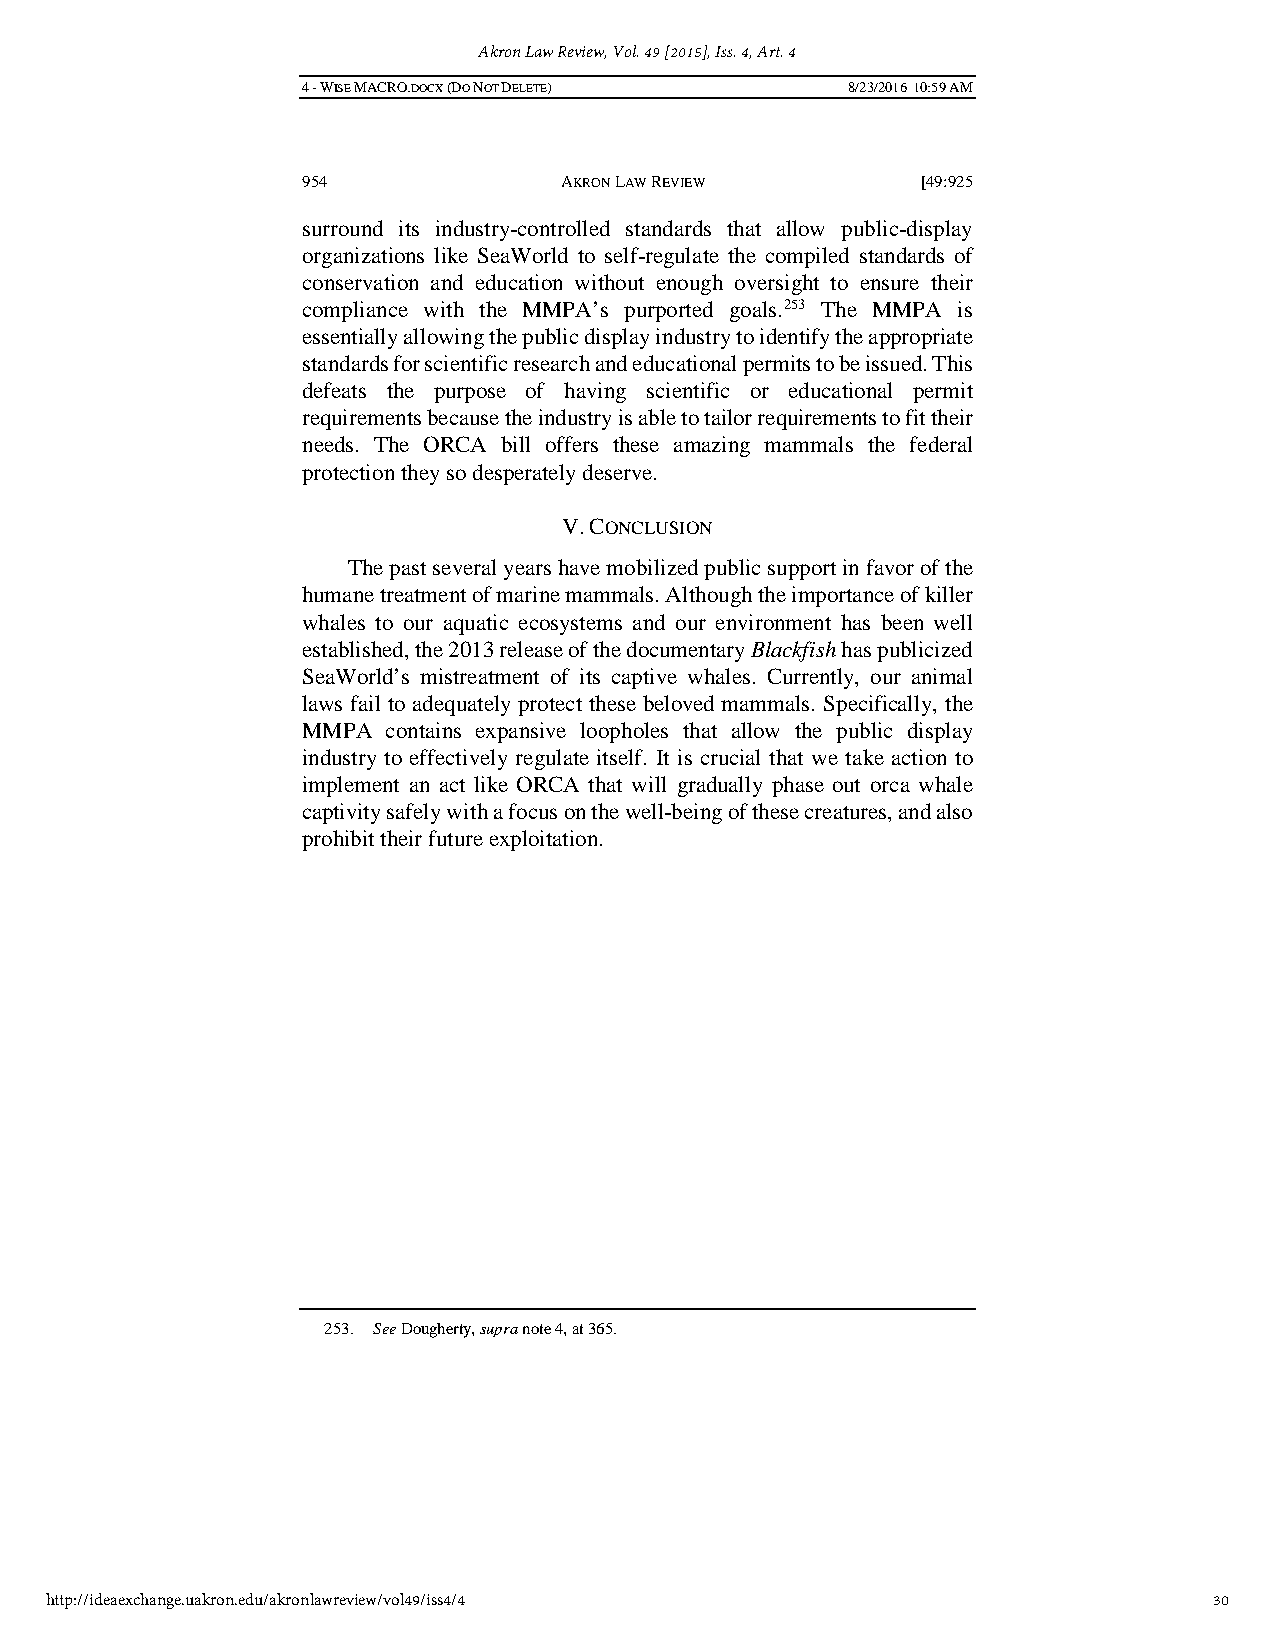
Akron Law Review, Vol. 49 [2015], Iss. 4, Art. 4
 4 - WISE MACRO.DOCX (DO NOT DELETE) 8/23/2016 10:59 AM
 954              AKRON LAW REVIEW        [49:925
 surround its industry-controlled standards that allow public-display
 organizations like SeaWorld to self-regulate the compiled standards of
 conservation and education without enough oversight to ensure their
 compliance with the MMPA’s purported goals.253 The MMPA is
 essentially allowing the public display industry to identify the appropriate
 standards for scientific research and educational permits to be issued. This
 defeats the purpose of having scientific or educational permit
 requirements because the industry is able to tailor requirements to fit their
 needs. The ORCA bill offers these amazing mammals the federal
 protection they so desperately deserve.
 V. CONCLUSION
 The past several years have mobilized public support in favor of the
 humane treatment of marine mammals. Although the importance of killer
 whales to our aquatic ecosystems and our environment has been well
 established, the 2013 release of the documentary Blackfish has publicized
 SeaWorld’s mistreatment of its captive whales. Currently, our animal
 laws fail to adequately protect these beloved mammals. Specifically, the
 MMPA  contains expansive loopholes that allow the public display
 industry to effectively regulate itself. It is crucial that we take action to
 implement an act like ORCA that will gradually phase out orca whale
 captivity safely with a focus on the well-being of these creatures, and also
 prohibit their future exploitation.
 253. See Dougherty, supra note 4, at 365.
 http://ideaexchange.uakron.edu/akronlawreview/vol49/iss4/4                   30